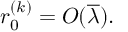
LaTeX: r _ { 0 } ^ { ( k ) } = { \cal O } ( \overline { { { \lambda } } } ) .